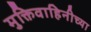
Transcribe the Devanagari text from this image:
मुक्तिवाहिनीच्या